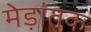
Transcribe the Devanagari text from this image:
मेड़ांतक